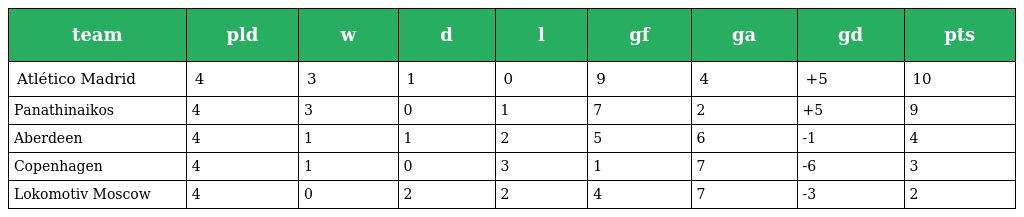
| team | pld | w | d | l | gf | ga | gd | pts |
 | --- | --- | --- | --- | --- | --- | --- | --- | --- |
 | Atlético Madrid | 4 | 3 | 1 | 0 | 9 | 4 | +5 | 10 |
 | Panathinaikos | 4 | 3 | 0 | 1 | 7 | 2 | +5 | 9 |
 | Aberdeen | 4 | 1 | 1 | 2 | 5 | 6 | -1 | 4 |
 | Copenhagen | 4 | 1 | 0 | 3 | 1 | 7 | -6 | 3 |
 | Lokomotiv Moscow | 4 | 0 | 2 | 2 | 4 | 7 | -3 | 2 |